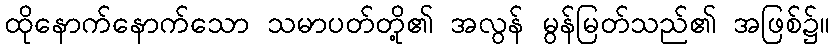
ထိုနောက်နောက်သော သမာပတ်တို့၏ အလွန် မွန်မြတ်သည်၏ အဖြစ်၌။